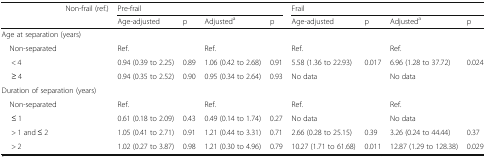
<table><thead><tr><td rowspan="2"></td><td><b>Non-frail (ref.)</b></td><td colspan="4"><b>Pre-frail</b></td><td colspan="4"><b>Frail</b></td></tr><tr><td></td><td><b>Age-adjusted</b></td><td><b>p</b></td><td><b>Adjusted<sup>a</sup></b></td><td><b>p</b></td><td><b>Age-adjusted</b></td><td><b>p</b></td><td><b>Adjusted<sup>a</sup></b></td><td><b>p</b></td></tr></thead><tbody><tr><td colspan="10">Age at separation (years)</td></tr><tr><td> Non-separated</td><td></td><td>Ref.</td><td></td><td>Ref.</td><td></td><td>Ref.</td><td></td><td>Ref.</td><td></td></tr><tr><td>&lt; 4</td><td></td><td>0.94 (0.39 to 2.25)</td><td>0.89</td><td>1.06 (0.42 to 2.68)</td><td>0.91</td><td>5.58 (1.36 to 22.93)</td><td>0.017</td><td>6.96 (1.28 to 37.72)</td><td>0.024</td></tr><tr><td>≥ 4</td><td></td><td>0.94 (0.35 to 2.52)</td><td>0.90</td><td>0.95 (0.34 to 2.64)</td><td>0.93</td><td>No data</td><td></td><td>No data</td><td></td></tr><tr><td colspan="10">Duration of separation (years)</td></tr><tr><td> Non-separated</td><td></td><td>Ref.</td><td></td><td>Ref.</td><td></td><td>Ref.</td><td></td><td>Ref.</td><td></td></tr><tr><td>≤ 1</td><td></td><td>0.61 (0.18 to 2.09)</td><td>0.43</td><td>0.49 (0.14 to 1.74)</td><td>0.27</td><td>No data</td><td></td><td>No data</td><td></td></tr><tr><td>&gt; 1 and ≤ 2</td><td></td><td>1.05 (0.41 to 2.71)</td><td>0.91</td><td>1.21 (0.44 to 3.31)</td><td>0.71</td><td>2.66 (0.28 to 25.15)</td><td>0.39</td><td>3.26 (0.24 to 44.44)</td><td>0.37</td></tr><tr><td>&gt; 2</td><td></td><td>1.02 (0.27 to 3.87)</td><td>0.98</td><td>1.21 (0.30 to 4.96)</td><td>0.79</td><td>10.27 (1.71 to 61.68)</td><td>0.011</td><td>12.87 (1.29 to 128.38)</td><td>0.029</td></tr></tbody></table>